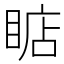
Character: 𰥳